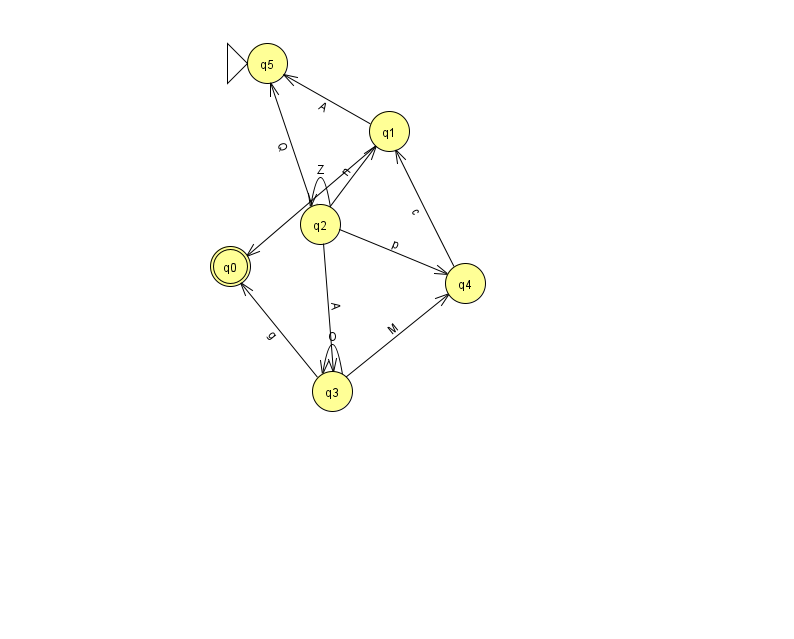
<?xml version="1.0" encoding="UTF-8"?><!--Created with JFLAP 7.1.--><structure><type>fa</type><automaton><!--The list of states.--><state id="0" name="q0"><x>230.0</x><y>253.0</y><final/></state><state id="1" name="q1"><x>389.0</x><y>118.0</y></state><state id="2" name="q2"><x>320.0</x><y>211.0</y></state><state id="3" name="q3"><x>332.0</x><y>378.0</y></state><state id="4" name="q4"><x>465.0</x><y>270.0</y></state><state id="5" name="q5"><x>267.0</x><y>50.0</y><initial/></state><!--The list of transitions.--><transition><from>2</from><to>1</to><read>n</read></transition><transition><from>2</from><to>4</to><read>p</read></transition><transition><from>1</from><to>5</to><read>A</read></transition><transition><from>3</from><to>0</to><read>g</read></transition><transition><from>2</from><to>3</to><read>A</read></transition><transition><from>1</from><to>0</to><read>x</read></transition><transition><from>2</from><to>2</to><read>Z</read></transition><transition><from>3</from><to>4</to><read>M</read></transition><transition><from>4</from><to>1</to><read>c</read></transition><transition><from>2</from><to>5</to><read>Q</read></transition><transition><from>3</from><to>3</to><read>O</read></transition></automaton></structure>